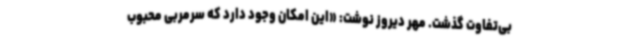
بی‌تفاوت گذشت. مهر دیروز نوشت: «این امکان وجود دارد که سرمربی محبوب